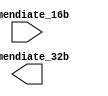
`timescale 1ns / 1ps
//////////////////////////////////////////////////////////////////////////////////
// Company: 
// Engineer: 
// 
// Design Name: 
// Module Name:    ExtendSign 
// Project Name: 
// Target Devices: 
// Tool versions: 
// Description: 
//
// Dependencies: 
//
// Revision: 
// Revision 0.01 - File Created
// Additional Comments: 
//
//////////////////////////////////////////////////////////////////////////////////
module ExtendSign(
    input [0:23] immendiate_16b,
    output [0:31] immendiate_32b
    );


endmodule